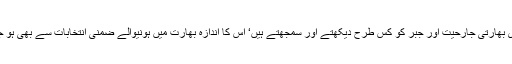
کشمیری بھارتی جارحیت اور جبر کو کس طرح دیکھتے اور سمجھتے ہیں‘ اس کا اندازہ بھارت میں ہونیوالے ضمنی انتخابات سے بھی ہو جاتا ہے۔